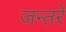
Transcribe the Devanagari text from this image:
जन्तरे